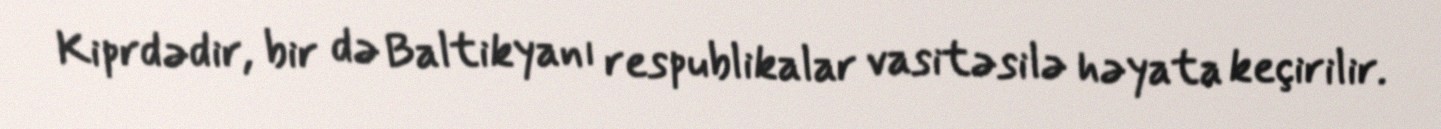
Kiprdədir, bir də Baltikyanı respublikalar vasitəsilə həyata keçirilir.